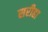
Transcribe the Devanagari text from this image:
सरीहा